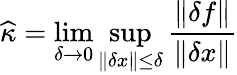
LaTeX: {\widehat{\kappa}}=\operatorname*{lim}_{\delta\to 0}\operatorname*{sup}_{\| \delta x\| \leq\delta}{\frac{\| \delta f\| }{\| \delta x\| }}